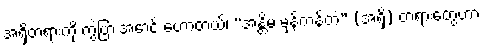
အရှိတရားကို ကွဲပြားအောင် ဟောတယ်၊ “အန္တိမ မှန်ကန်တဲ့” (အရှိ) တရားတွေဟာ